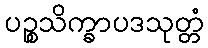
ပဉ္စသိက္ခာပဒသုတ္တံ